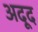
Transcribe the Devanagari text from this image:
अदूद